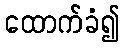
ထောက်ခံ၍